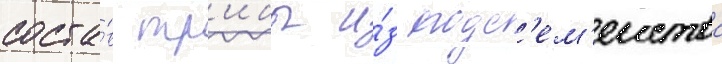
соста́в тр'ибы и́з подс'ем'еиства